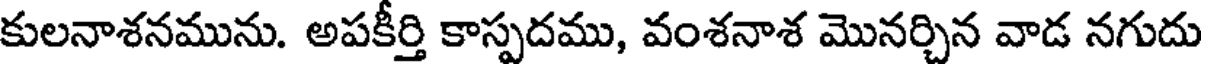
కులనాశనమును. అపకీర్తి కాస్పదము, వంశనాశ మొనర్చిన వాడ నగుదు